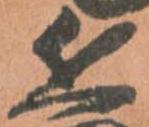
兵